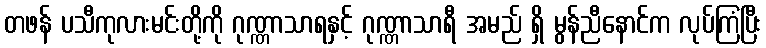
တဖန် ပသီကုလားမင်းတို့ကို ဂုဏ္ဏာသာရနှင့် ဂုဏ္ဏာသာရီ အမည် ရှိ မွန်ညီနောင်က လုပ်ကြံပြီး